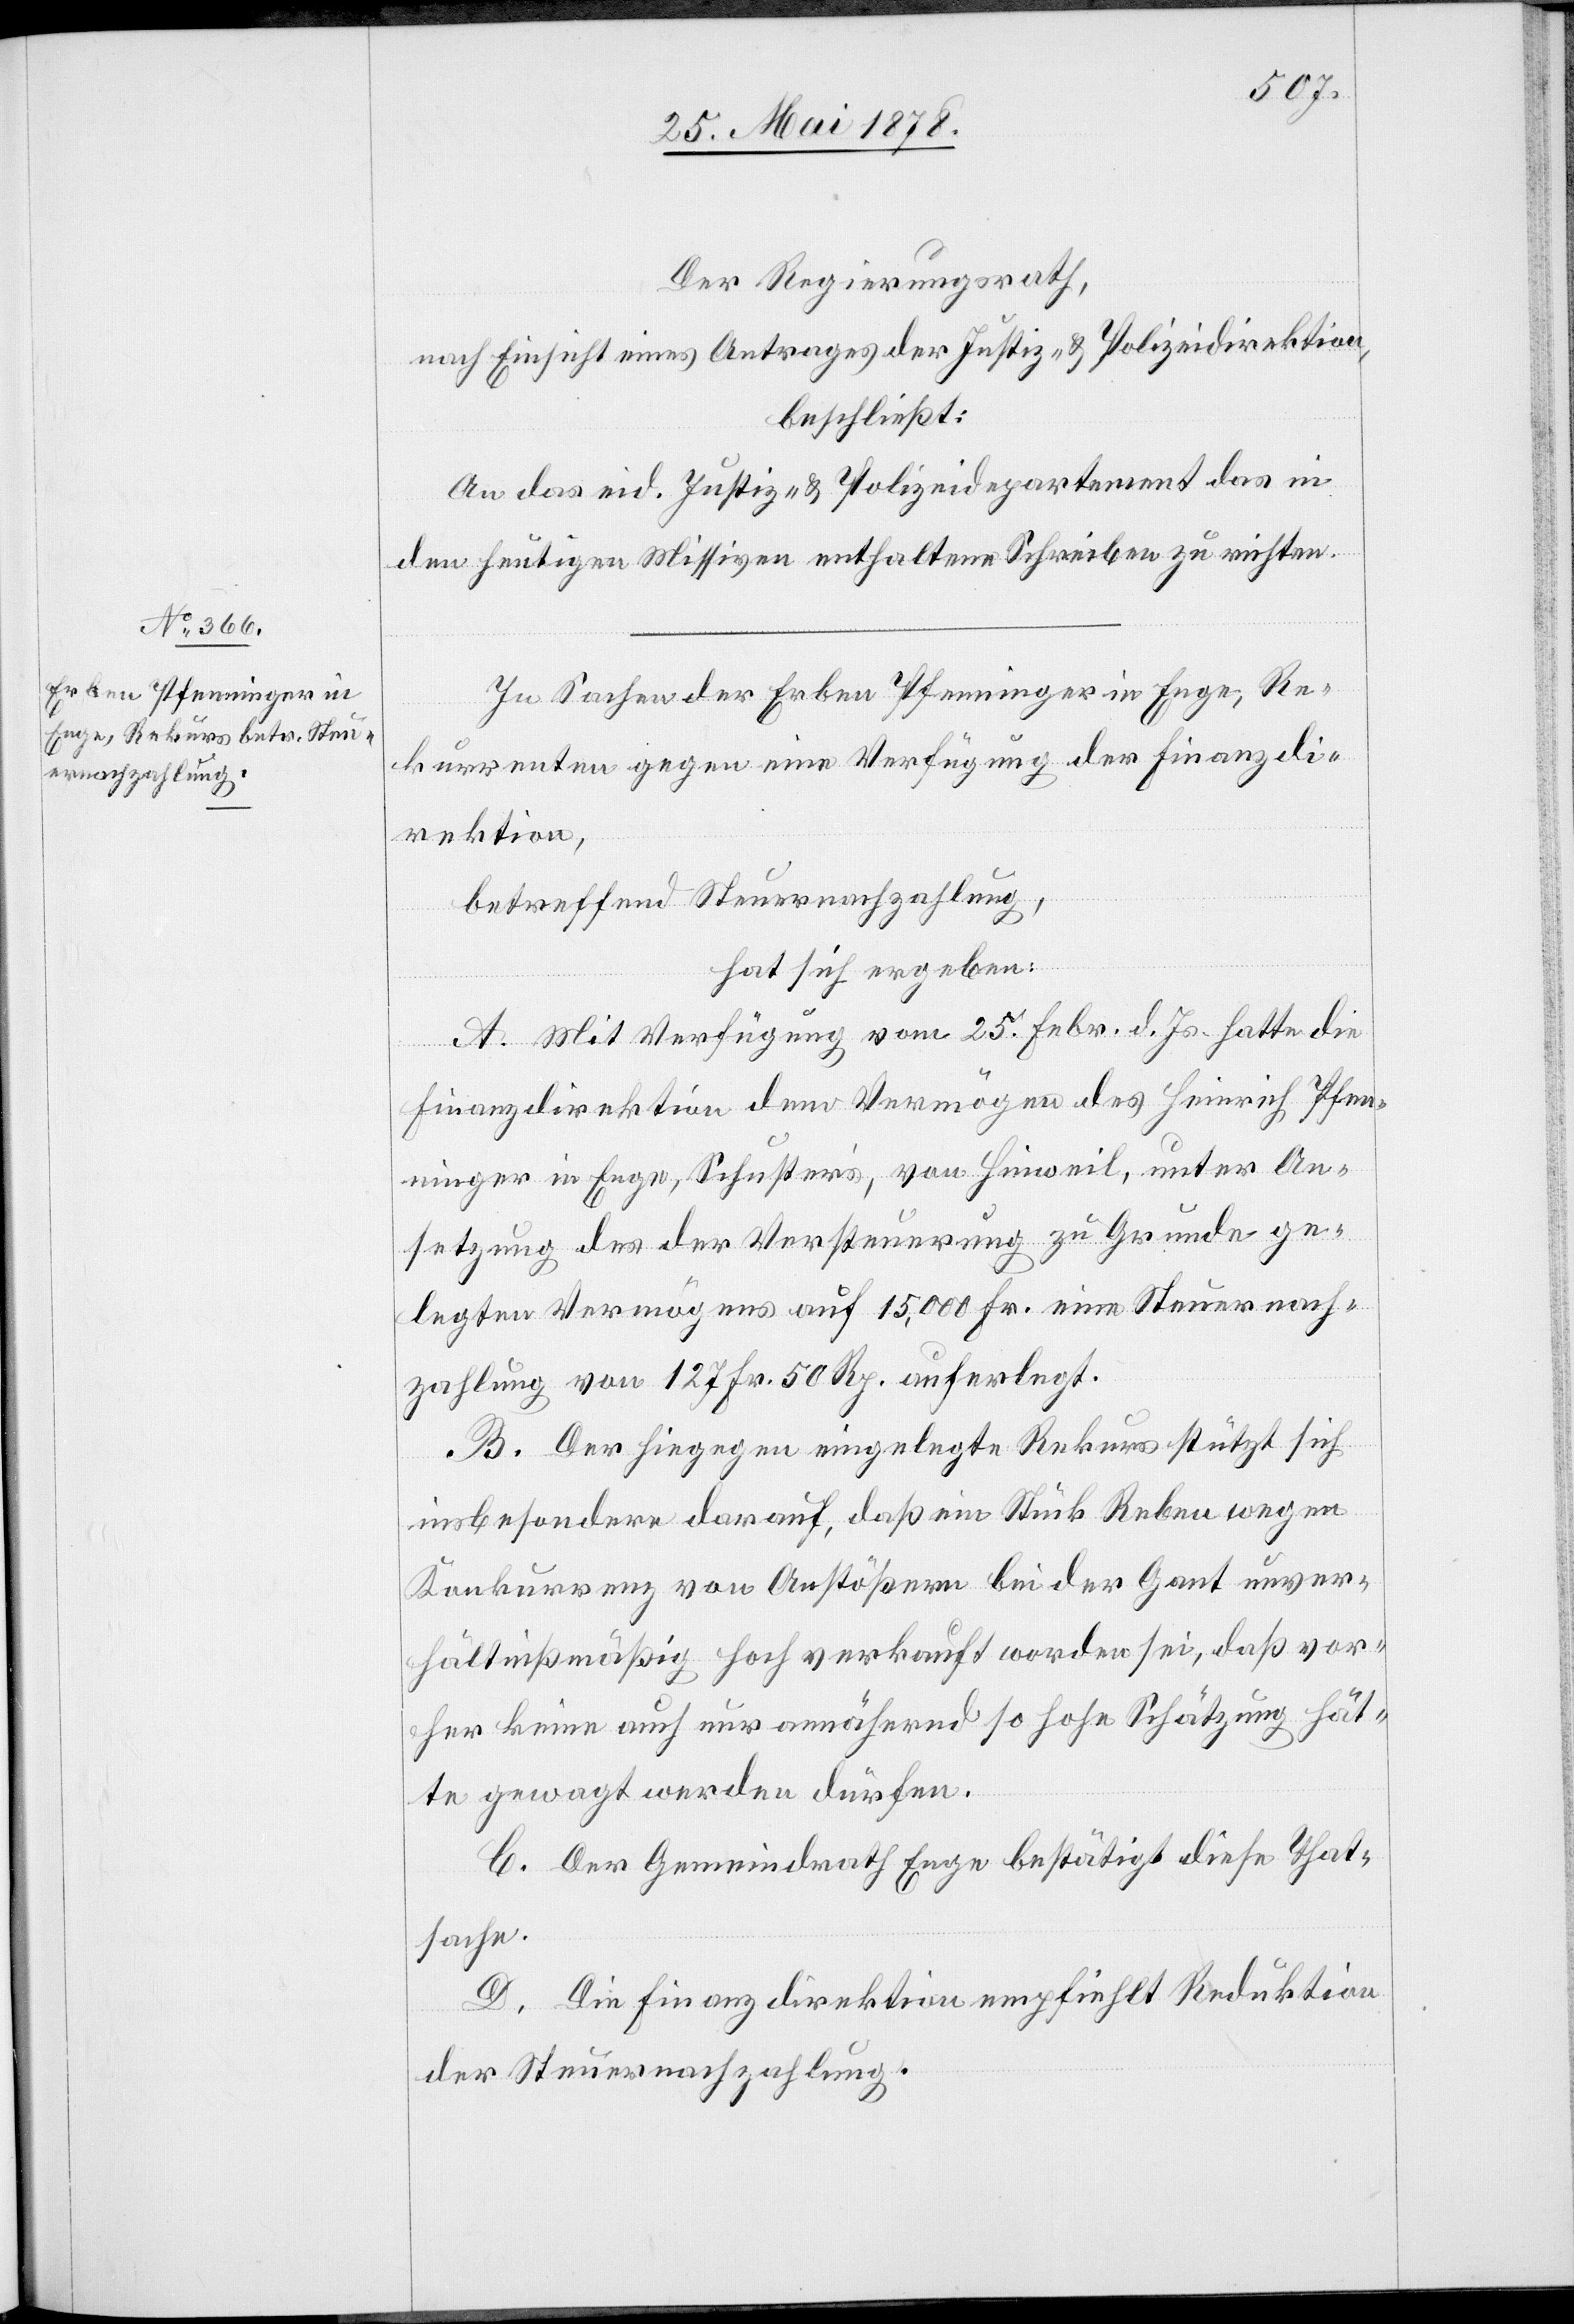
Der Regierungsrath,
nach Einsicht eines Antrages der Justiz- & Polizeidirektion,
beschließt:
An das eid. Justiz- & Polizeidepartement das in
den heutigen Missiven enthaltene Schreiben zu richten.
In Sachen der Erben Pfenninger in Enge, Re¬
kurrenten gegen eine Verfügung der Finanzdi¬
rektion,
betreffen Steuernachzahlung,
hat sich ergeben:
A. Mit Verfügung vom 25. Febr. d. Js. hatte die
Finanzdirektion dem Vermögen des Heinrich Pfen¬
ninger in Enge, Schuster, von Hinweil, unter An¬
setzung des der Versteuerung zu Grunde ge¬
legten Vermögens auf 15,000 Fr. eine Steuernach¬
zahlung von 127 Fr. 50 Rp. auferlegt.
B. Der hiegegen eingelegte Rekurs stützt sich
insbesondere darauf, daß ein Stück Reben wegen
Konkurrenz von Anstößern bei der Gant unver¬
hältnißmäßig hoch verkauft worden sei, daß vor¬
her keine auch nur annähernd so hohe Schätzung hät¬
te gewagt werden dürfen.
C. Der Gemeindrath Enge bestätigt diese That¬
sache.
D. Die Finanzdirektion empfiehlt Reduktion
der Steuernachzahlung.